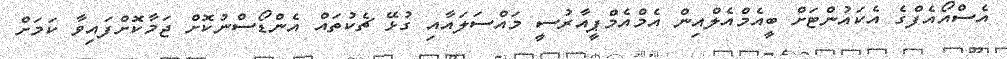
އެސްއޯއެފްގެ އެކައުންޓަށް ބީއެމްއެލްއިން އެމްއެމްޕީއާރުސީ މައްސަލައާއި ގުޅޭ ޗެކުތައް އެންޑޯސްނުކޮށް ޖަމާކޮށްފައިވާ ކަމަށް